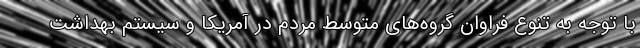
با توجه به تنوع فراوان گروه‌های متوسط مردم در آمریکا و سیستم بهداشت